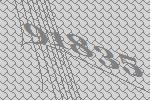
91835